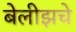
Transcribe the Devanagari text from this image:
बेलीझचे